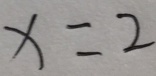
x = 2